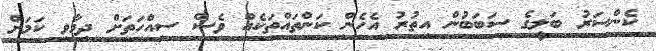
ކެންސަރު ބަލީގެ ސަބަބުން އިތުރު އެހެން ކަންތައްތަކެއް ވެސް ސިއްހަތަށް ދިމާވި ކަމަށް